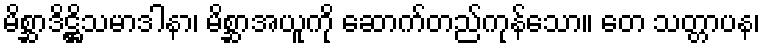
မိစ္ဆာဒိဋ္ဌိသမာဒါနာ၊ မိစ္ဆာအယူကို ဆောက်တည်ကုန်သော။ တေ သတ္တာပန၊